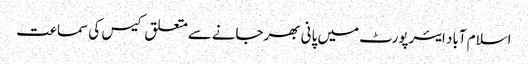
اسلام آباد ایئرپورٹ میں پانی بھرجانےسےمتعلق کیس کی سماعت